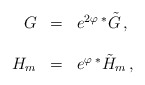
\begin{align*}\begin{array}{rcl} G &=& e^{2\varphi}\, {}^{*}\tilde{G}\, ,\\& & \\ H_{m} &=& e^{\varphi}\, {}^{*}\tilde{H}_{m}\, ,\\\end{array}\end{align*}